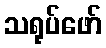
သရုပ်ဖော်